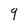
Character: 9